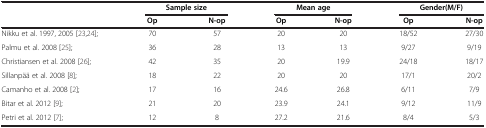
<table><thead><tr><td rowspan="2"><b> </b></td><td colspan="2"><b>Sample size</b></td><td colspan="2"><b>Mean age</b></td><td colspan="2"><b>Gender(M/F)</b></td></tr><tr><td><b>Op</b></td><td><b>N-op</b></td><td><b>Op</b></td><td><b>N-op</b></td><td><b>Op</b></td><td><b>N-op</b></td></tr></thead><tbody><tr><td>Nikku et al. 1997, 2005 [23,24];</td><td>70</td><td>57</td><td>20</td><td>20</td><td>18/52</td><td>27/30</td></tr><tr><td>Palmu et al. 2008 [25];</td><td>36</td><td>28</td><td>13</td><td>13</td><td>9/27</td><td>9/19</td></tr><tr><td>Christiansen et al. 2008 [26];</td><td>42</td><td>35</td><td>20</td><td>19.9</td><td>24/18</td><td>18/17</td></tr><tr><td>Sillanpää et al. 2008 [8];</td><td>18</td><td>22</td><td>20</td><td>20</td><td>17/1</td><td>20/2</td></tr><tr><td>Camanho et al. 2008 [2];</td><td>17</td><td>16</td><td>24.6</td><td>26.8</td><td>6/11</td><td>7/9</td></tr><tr><td>Bitar et al. 2012 [9];</td><td>21</td><td>20</td><td>23.9</td><td>24.1</td><td>9/12</td><td>11/9</td></tr><tr><td>Petri et al. 2012 [7];</td><td>12</td><td>8</td><td>27.2</td><td>21.6</td><td>8/4</td><td>5/3</td></tr></tbody></table>